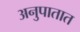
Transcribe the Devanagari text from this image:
अनुपातात